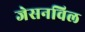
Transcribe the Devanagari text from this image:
जेसनविल